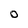
Character: 0